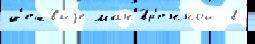
д'еш́выjе ман'́вр'енной  в